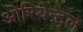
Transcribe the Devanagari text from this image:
ओरियेन्टल